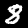
Label: 8